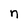
Character: n